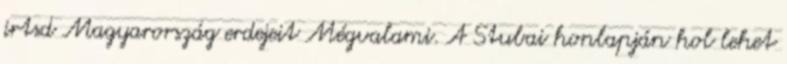
irtsd Magyarország erdejeit Mégvalami. A Stubai honlapján hol lehet